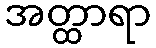
အတ္ထာရာ